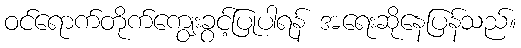
ဝင်ရောက်တိုက်ကျွေးခွင့်ပြုပါရန် အရေးဆိုနေပြန်သည်။